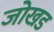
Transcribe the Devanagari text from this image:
जोखड